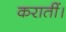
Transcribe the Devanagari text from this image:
करातीं।